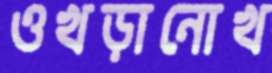
ওখড়ানোখ